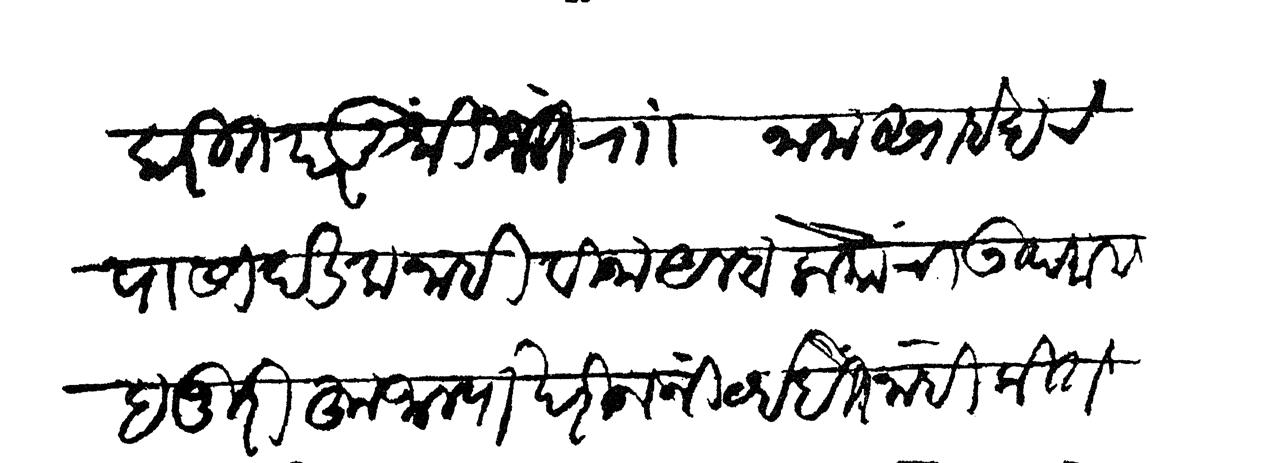
Transliteration (Devanagari): करित परंतु श्रीमंत रा नानासाहेबांचे पासीं दंडक नाही विना आम्हा लोकांचा उपराला हजुरीहून जाल्याखेरीज निर्व्हा होत नाही किते